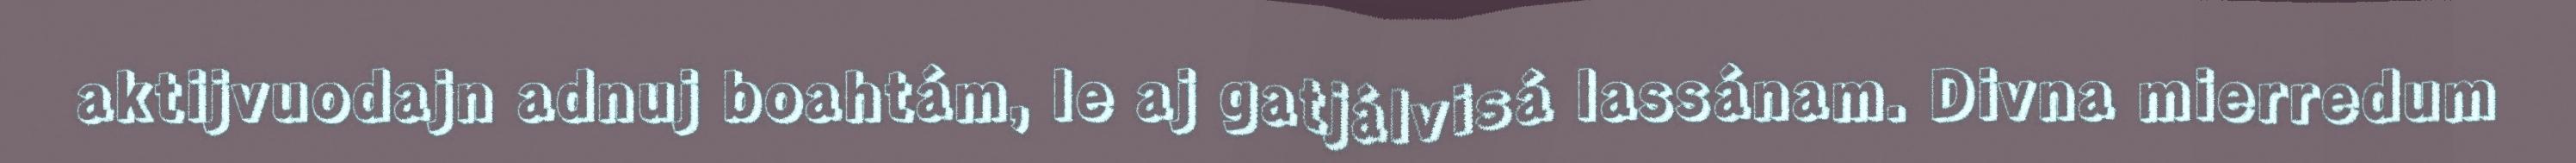
aktijvuodajn adnuj boahtám, le aj gatjálvisá lassánam. Divna mierredum